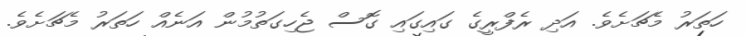
ހަތަރު މެޗަށެވެ. އަދި ރެފްރީގެ ގައިގައި ގޮސް ޖެހިގަތުމުން އަނެއް ހަތަރު މެޗަށެވެ.